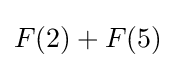
F(2)+F(5)